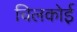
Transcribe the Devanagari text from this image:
चिलकोई